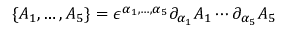
\{ A _ { 1 } , \dots , A _ { 5 } \} = \epsilon ^ { \alpha _ { 1 } , \dots , \alpha _ { 5 } } \partial _ { \alpha _ { 1 } } A _ { 1 } \cdots \partial _ { \alpha _ { 5 } } A _ { 5 }